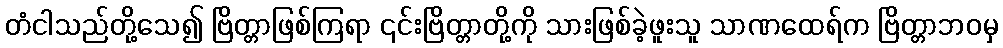
တံငါသည်တို့သေ၍ ဗြိတ္တာဖြစ်ကြရာ ၎င်းဗြိတ္တာတို့ကို သားဖြစ်ခဲ့ဖူးသူ သာဏထေရ်က ဗြိတ္တာဘဝမှ